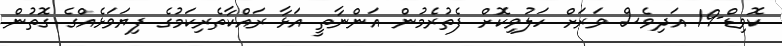
ކޮވިޑް-19 އަދިވެސް ވަރަށް ހަލުވިކޮށް ފެތުރެމުން އަންނާތީ އަޅާ ރައްކާތެރިކަމުގެ ފިޔަވަޅެއްގެ ގޮތުން